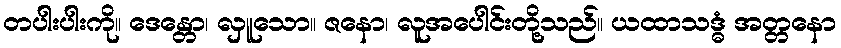
တပါးပါးကို။ ဒေန္တော၊ လှူသော။ ဇနော၊ လူအပေါင်းတို့သည်။ ယထာသဒ္ဓံ အတ္တနော